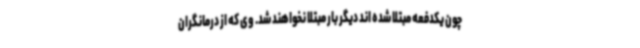
چون یکدفعه مبتلا شده اند دیگر بار مبتلا نخواهند شد. وی که از درمانگران